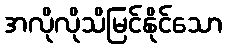
အလိုလိုသိမြင်နိုင်သော